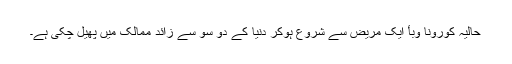
حالیہ کورونا وبأ ایک مریض سے شروع ہوکر دنیا کے دو سو سے زائد ممالک میں پھیل چکی ہے۔